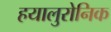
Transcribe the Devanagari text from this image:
हयालुरोनिक